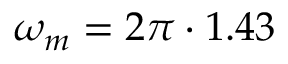
\omega _ { m } = 2 \pi \cdot 1 . 4 3